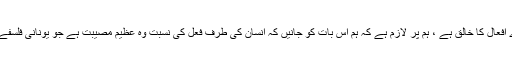
’’اب اس بنیاد پر کہ اللہ تعالیٰ ہی ہمارے افعال کا خالق ہے ، ہم پر لازم ہے کہ ہم اس بات کو جانیں کہ انسان کی طرف فعل کی نسبت وہ عظیم مصیبت ہے جو یونانی فلسفے کی وجہ سے دنیائے اسلام پر آئی ہے ۔